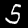
Label: 5